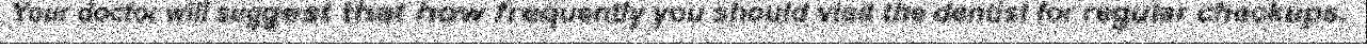
Your doctor will suggest that how frequently you should visit the dentist for regular checkups.